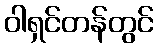
ဝါရှင်တန်တွင်